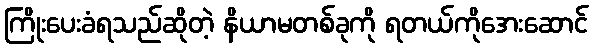
ကြိုးပေးခံရသည်ဆိုတဲ့ နိယာမတစ်ခုကို ရတယ်ကိုအေးဆောင်